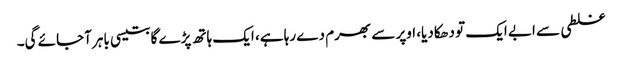
غلطی سے ابے ایک تو دھکا دیا، اوپر سے بھرم دے رہا ہے، ایک ہاتھ پڑے گا بتیسی باہر آجائے گی۔